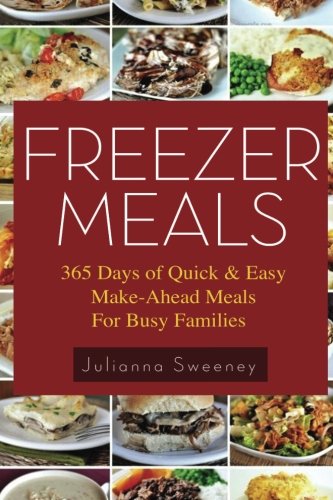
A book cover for Freezer Meals: 365 Days of Quick & Easy, Make-Ahead Meals For Busy Families; Julianna Sweeney; Cookbooks, Food & Wine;